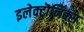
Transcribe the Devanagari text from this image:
इलेक्ट्रॊनिक्स